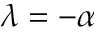
\lambda = - \alpha